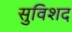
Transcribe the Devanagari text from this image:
सुविशद